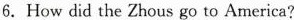
6.How did the Zhous go to America?